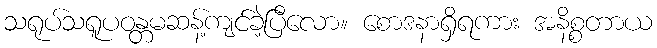
သရုပ်သရူပဝန္တမဆန့်ကျင်ခဲ့ပြီလော။ စောဒနာရှိရကား အနိစ္စတာယ